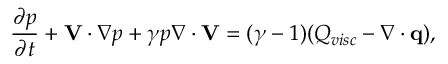
\frac { \partial p } { \partial t } + \mathbf { V } \cdot \nabla p + \gamma p \nabla \cdot \mathbf { V } = ( \gamma - 1 ) ( Q _ { v i s c } - \nabla \cdot \mathbf { q } ) ,